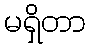
မရှိတာ